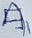
Text: A1